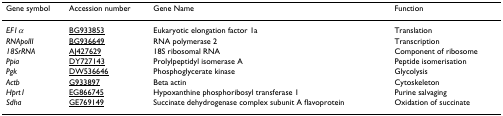
| Gene symbol | Accession number | Gene Name | Function |
 | --- | --- | --- | --- |
 | EF1α | BG933853 | Eukaryotic elongation factor 1a | Translation |
 | RNApolII | BG936649 | RNA polymerase 2 | Transcription |
 | 18SrRNA | AJ427629 | 18S ribosomal RNA | Component of ribosome |
 | Ppia | DY727143 | Prolylpeptidyl isomerase A | Peptide isomerisation |
 | Pgk | DW536646 | Phosphoglycerate kinase | Glycolysis |
 | Actb | G933897 | Beta actin | Cytoskeleton |
 | Hprt1 | EG866745 | Hypoxanthine phosphoribosyl transferase 1 | Purine salvaging |
 | Sdha | GE769149 | Succinate dehydrogenase complex subunit A flavoprotein | Oxidation of succinate |